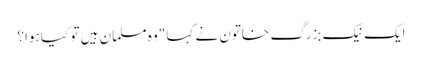
ایک نیک بزرگ خاتون نے کہا "وہ مسلمان ہیں تو کیا ہوا؟